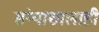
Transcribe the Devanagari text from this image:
संन्याशालाही